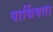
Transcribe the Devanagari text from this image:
पार्थिवता